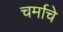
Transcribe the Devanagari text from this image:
चर्माचे